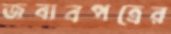
জবাবপত্রের